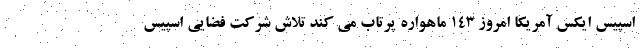
اسپیس ایکس آمریکا امروز ۱۴۳ ماهواره پرتاب می کند تلاش شرکت فضایی اسپیس